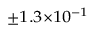
^ { \pm 1 . 3 \times 1 0 ^ { - 1 } }